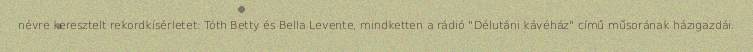
névre keresztelt rekordkísérletet: Tóth Betty és Bella Levente, mindketten a rádió "Délutáni kávéház" című műsorának házigazdái.